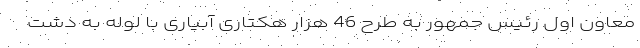
معاون اول رئیس جمهور به طرح 46 هزار هکتاری آبیاری با لوله به دشت